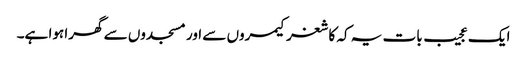
ایک عجیب بات یہ کہ کاشغر کیمروں سے اور مسجدوں سے گھرا ہوا ہے۔